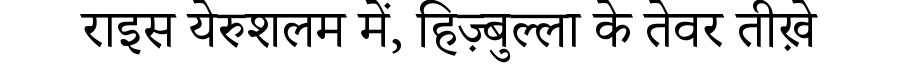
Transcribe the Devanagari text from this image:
राइस येरुशलम में, हिज़्बुल्ला के तेवर तीख़े